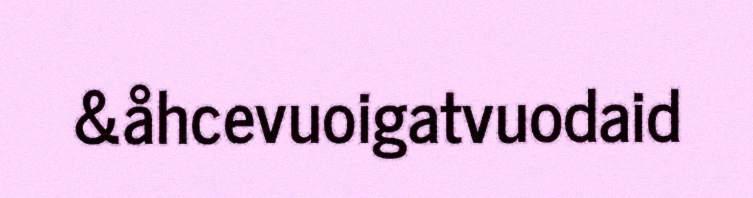
&åhcevuoigatvuodaid